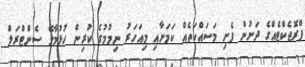
ޕްރޮޖެކްޓެއްގެ ދަށުން ފެށި މަސައްކަތެއް ކަމަށާއި މިއަހަރު ނިމުމުގެ ކުރިން ހުޅުމާލޭ ސެންޓްރަލް